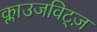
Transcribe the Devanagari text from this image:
क्लाउजविट्ज़